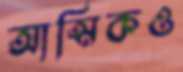
আত্মিকও